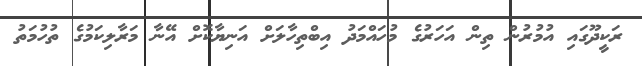
ރަކީދޫގައި އުމުރުން ތިން އަހަރުގެ މުހައްމަދު އިބްތިހާލަށް އަނިޔާކޮށް އޭނާ މަރާލިކަމުގެ ތުހުމަތު